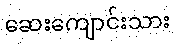
ဆေးကျောင်းသား